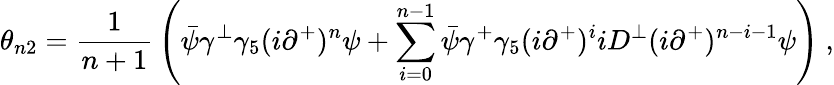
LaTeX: \theta_{n2}={\frac{1}{n+1}}\left(\bar{\psi}\gamma^{\perp}\gamma_{5}(i\partial^{+})^{n}\psi+\sum_{i=0}^{n-1}\bar{\psi}\gamma^{+}\gamma_{5}(i\partial^{+})^{i}iD^{\perp}(i\partial^{+})^{n-i-1}\psi\right)\ ,